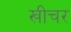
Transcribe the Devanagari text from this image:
खीचर